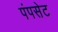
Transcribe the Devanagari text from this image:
पंपसेट